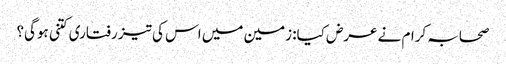
صحابہ کرام نے عرض کیا: زمین میں اس کی تیز رفتاری کتنی ہوگی؟